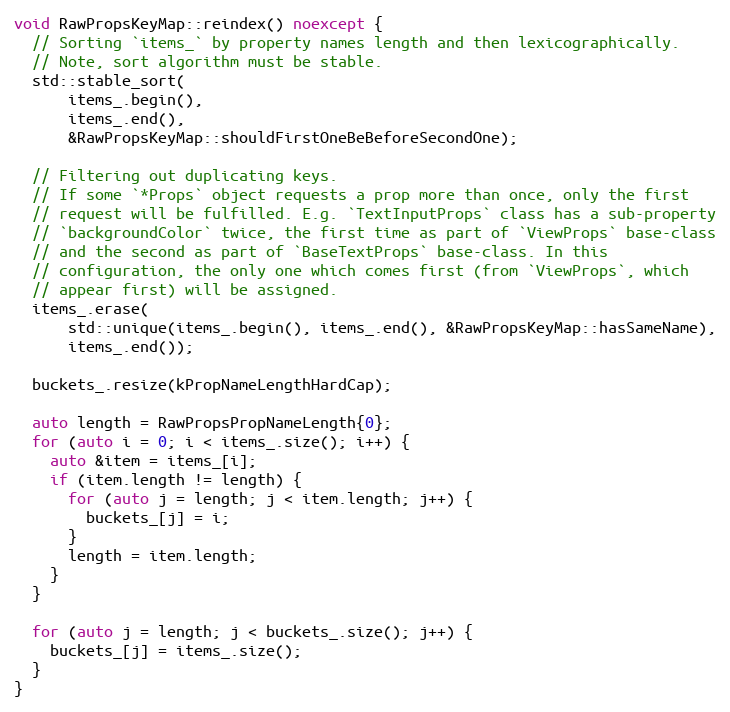
Language: C++
void RawPropsKeyMap::reindex() noexcept {
  // Sorting `items_` by property names length and then lexicographically.
  // Note, sort algorithm must be stable.
  std::stable_sort(
      items_.begin(),
      items_.end(),
      &RawPropsKeyMap::shouldFirstOneBeBeforeSecondOne);

  // Filtering out duplicating keys.
  // If some `*Props` object requests a prop more than once, only the first
  // request will be fulfilled. E.g. `TextInputProps` class has a sub-property
  // `backgroundColor` twice, the first time as part of `ViewProps` base-class
  // and the second as part of `BaseTextProps` base-class. In this
  // configuration, the only one which comes first (from `ViewProps`, which
  // appear first) will be assigned.
  items_.erase(
      std::unique(items_.begin(), items_.end(), &RawPropsKeyMap::hasSameName),
      items_.end());

  buckets_.resize(kPropNameLengthHardCap);

  auto length = RawPropsPropNameLength{0};
  for (auto i = 0; i < items_.size(); i++) {
    auto &item = items_[i];
    if (item.length != length) {
      for (auto j = length; j < item.length; j++) {
        buckets_[j] = i;
      }
      length = item.length;
    }
  }

  for (auto j = length; j < buckets_.size(); j++) {
    buckets_[j] = items_.size();
  }
}